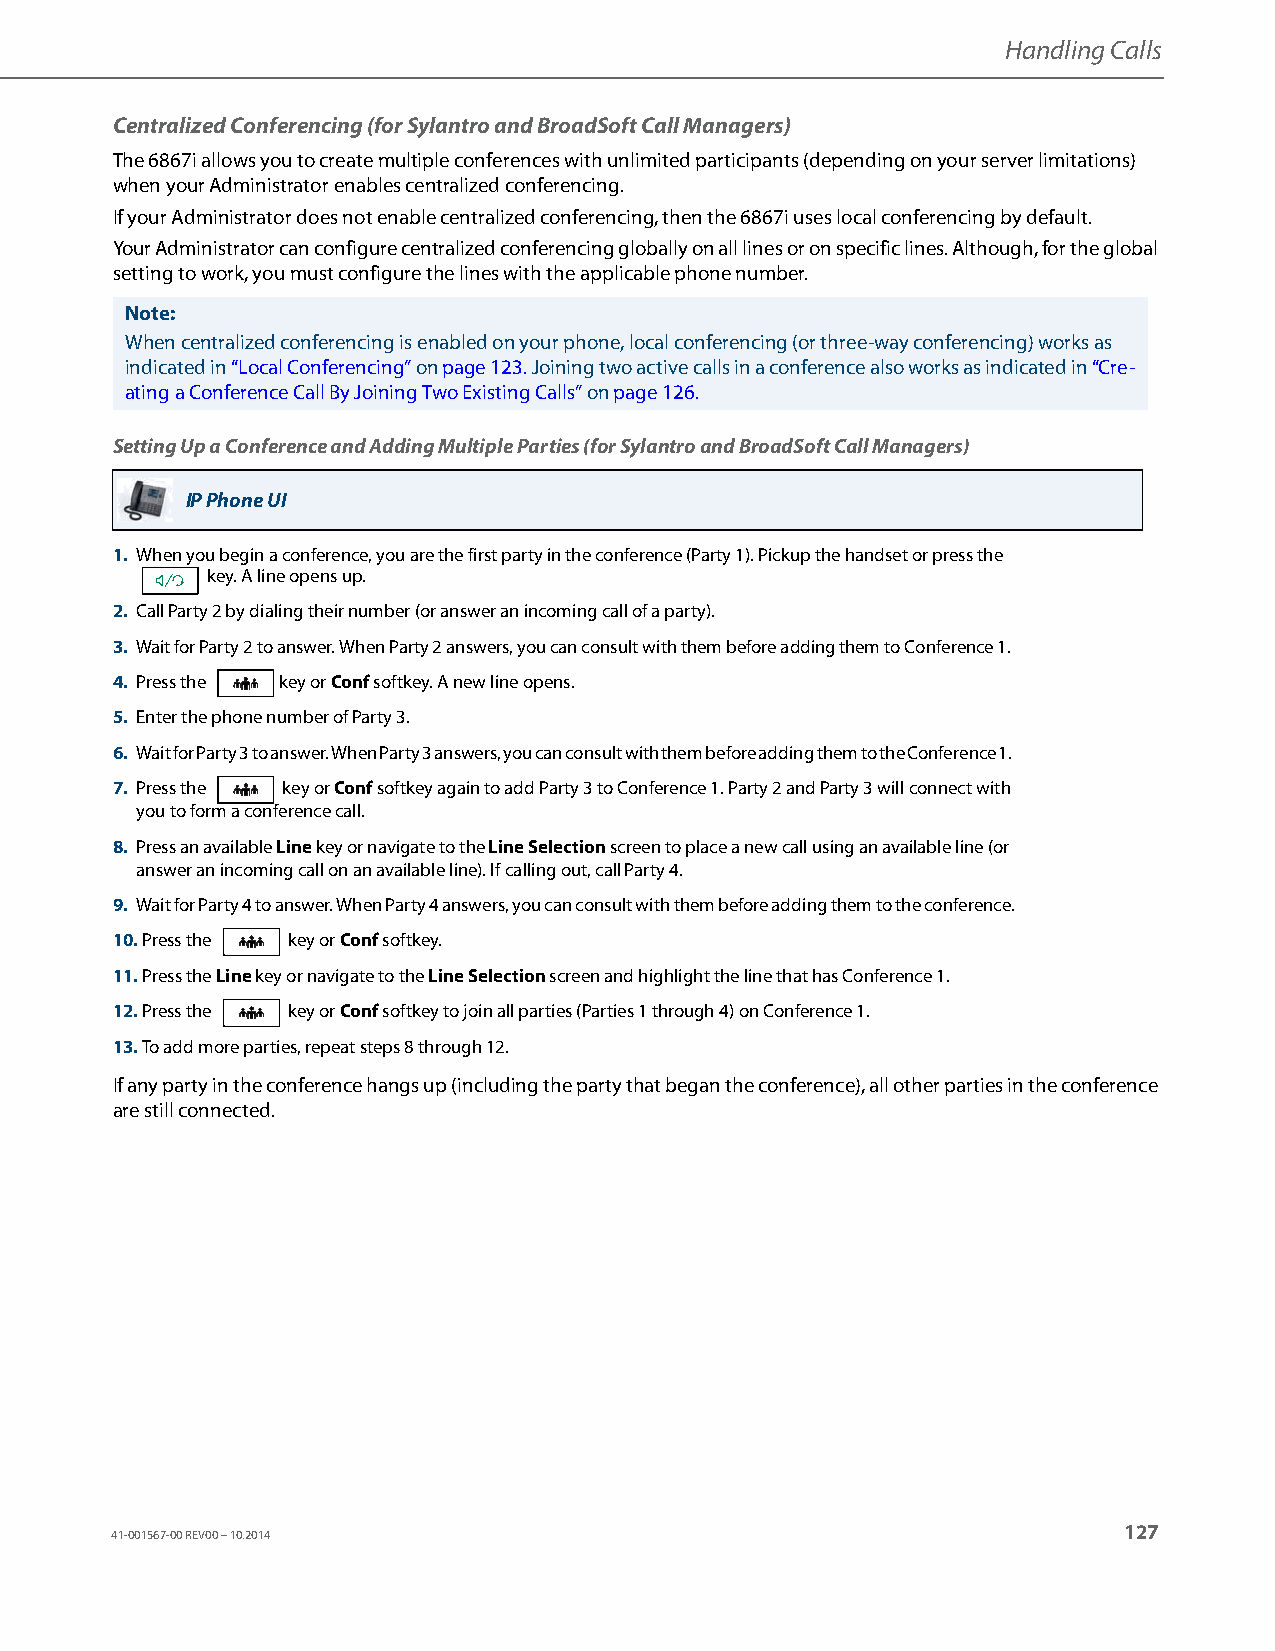
Handling Calls
 Centralized Conferencing (for Sylantro and BroadSoft Call Managers)
 The 6867i allows you to create multiple conferences with unlimited participants (depending on your server limitations)
 when your Administrator enables centralized conferencing.
 If your Administrator does not enable centralized conferencing, then the 6867i uses local conferencing by default.
 Your Administrator can configure centralized conferencing globally on all lines or on specific lines. Although, for the global
 setting to work, you must configure the lines with the applicable phone number.
 Note:
 When centralized conferencing is enabled on your phone, local conferencing (or three-way conferencing) works as
 indicated in “Local Conferencing” on page123. Joining two active calls in a conference also works as indicated in “Cre-
 ating a Conference Call By Joining Two Existing Calls” on page126.
 Setting Up a Conference and Adding Multiple Parties (for Sylantro and BroadSoft Call Managers)
 IP Phone UI
 1. When you begin a conference, you are the first party in the conference (Party 1). Pickup the handset or press the
 key. A line opens up.
 2. Call Party 2 by dialing their number (or answer an incoming call of a party).
 3. Wait for Party 2 to answer. When Party 2 answers, you can consult with them before adding them to Conference 1.
 4. Press the key or Conf softkey. A new line opens.
 5. Enter the phone number of Party 3.
 6. Wait for Party 3 to answer. When Party 3 answers, you can consult with them before adding them to the Conference 1.
 7. Press the key or Conf softkey again to add Party 3 to Conference 1. Party 2 and Party 3 will connect with
 you to form a conference call.
 8. Press an available Line key or navigate to the Line Selection screen to place a new call using an available line (or
 answer an incoming call on an available line). If calling out, call Party 4.
 9. Wait for Party 4 to answer. When Party 4 answers, you can consult with them before adding them to the conference.
 10. Press the key or Conf softkey.
 11. Press the Line key or navigate to the Line Selection screen and highlight the line that has Conference 1.
 12. Press the key or Conf softkey to join all parties (Parties 1 through 4) on Conference 1.
 13. To add more parties, repeat steps 8 through 12.
 If any party in the conference hangs up (including the party that began the conference), all other parties in the conference
 are still connected.
 127
 41-001567-00 REV00 – 10.2014